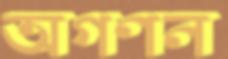
অগণন